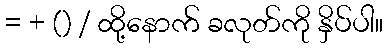
= + () / ထို့နောက် ခလုတ်ကို နှိပ်ပါ။